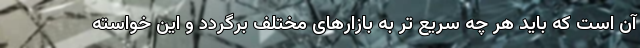
آن است که باید هر چه سریع تر به بازارهای مختلف برگردد و این خواسته